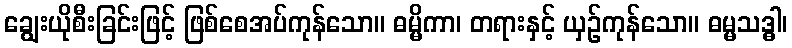
ချွေးယိုစီးခြင်းဖြင့် ဖြစ်စေအပ်ကုန်သော။ ဓမ္မိကာ၊ တရားနှင့် ယှဉ်ကုန်သော။ ဓမ္မသဒ္ဓါ၊